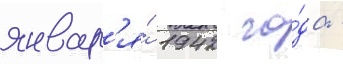
январ'я́ 1942 го́да -